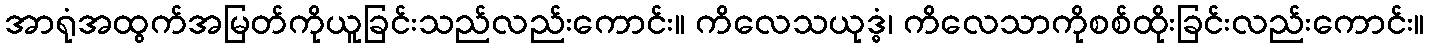
အာရုံအထွက်အမြတ်ကိုယူခြင်းသည်လည်းကောင်း။ ကိလေသယုဒ္ဓံ၊ ကိလေသာကိုစစ်ထိုးခြင်းလည်းကောင်း။